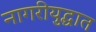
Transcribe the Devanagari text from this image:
नागरीयुद्धात